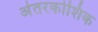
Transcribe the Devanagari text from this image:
अंतरकोशिक